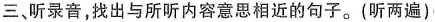
三、听录音,找出与所听内容意思相近的句子.(听两遍)